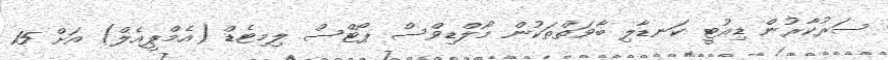
ސަރުކާރުން ޑިއުޓީ ކަނޑާލި ބާވަތްތަކުން މޯލްޑިވްސް ޕޯޓްސް ލިމިޓެޑް (އެމްޕީއެލް) އަށް 15